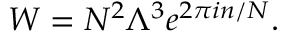
W = N ^ { 2 } \Lambda ^ { 3 } e ^ { 2 \pi i n / N } .